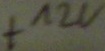
Text: +12V